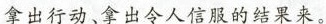
拿出行动、拿出令人信服的结果来。